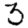
Digit: 3